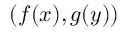
( f ( x ) , g ( y ) )